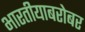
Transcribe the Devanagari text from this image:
भारतीयाबरोबर